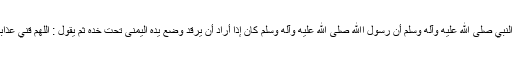
عَنْ حَفْصَۃَ رضي اﷲ عنہا زَوْجِ النَّبِيِّ صلى الله عليه وآله وسلم أَنَّ رَسُوْلَ اﷲِ صلى الله عليه وآله وسلم کَانَ إِذَا أَرَادَ أَنْ یَرْقُدَ وَضَعَ یَدَہُ الْیُمْنٰی تَحْتَ خَدِّہٖ ثُمَّ یَقُوْلُ : اَللّٰھُمَّ قِنِي عَذَابَکَ یَوْمَ تَبْعَثُ عِبَادَکَ ثَـلَاثَ مِرَارٍ۔